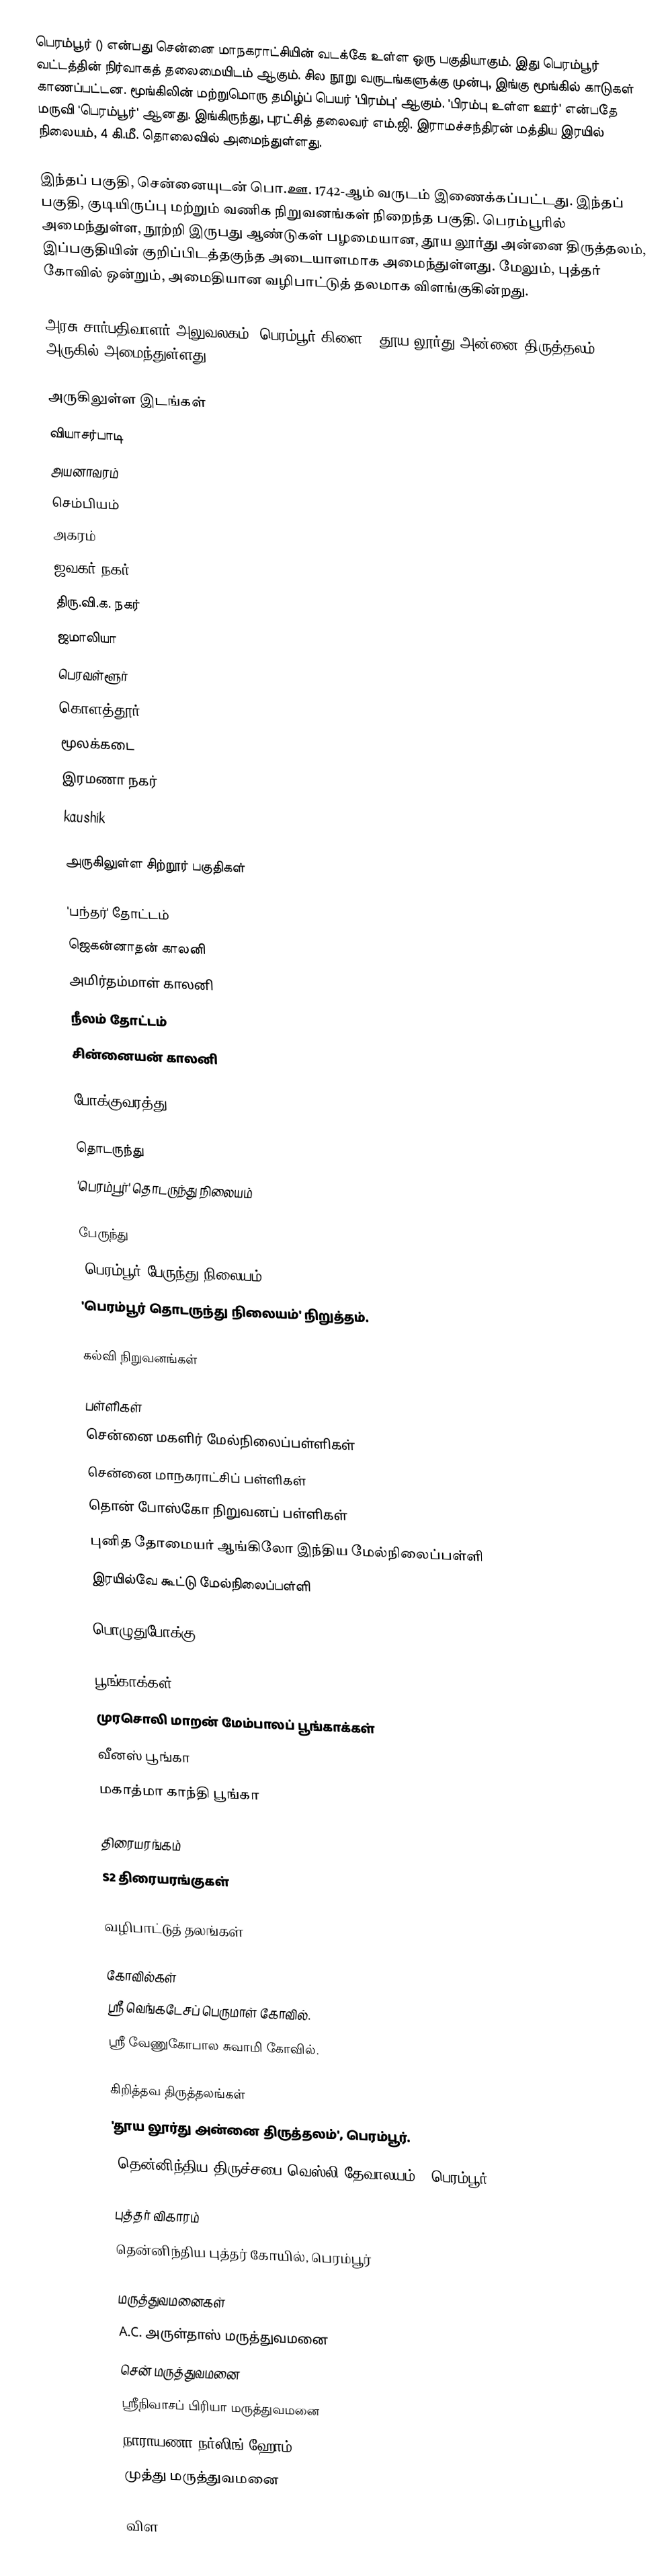
பெரம்பூர் () என்பது சென்னை மாநகராட்சியின் வடக்கே உள்ள ஒரு பகுதியாகும். இது பெரம்பூர் வட்டத்தின் நிர்வாகத் தலைமையிடம் ஆகும். சில நூறு வருடங்களுக்கு முன்பு, இங்கு மூங்கில் காடுகள் காணப்பட்டன.  மூங்கிலின் மற்றுமொரு தமிழ்ப் பெயர் 'பிரம்பு' ஆகும். 'பிரம்பு உள்ள ஊர்' என்பதே மருவி 'பெரம்பூர்' ஆனது. இங்கிருந்து, புரட்சித் தலைவர் எம்.ஜி. இராமச்சந்திரன் மத்திய இரயில் நிலையம், 4 கி.மீ. தொலைவில் அமைந்துள்ளது.

இந்தப் பகுதி, சென்னையுடன் பொ.ஊ. 1742-ஆம் வருடம் இணைக்கப்பட்டது. இந்தப் பகுதி, குடியிருப்பு மற்றும் வணிக நிறுவனங்கள் நிறைந்த பகுதி. பெரம்பூரில் அமைந்துள்ள, நூற்றி இருபது ஆண்டுகள் பழமையான, தூய லூர்து அன்னை திருத்தலம், இப்பகுதியின் குறிப்பிடத்தகுந்த அடையாளமாக அமைந்துள்ளது. மேலும், புத்தர் கோவில் ஒன்றும், அமைதியான வழிபாட்டுத் தலமாக விளங்குகின்றது.

அரசு சார்பதிவாளர் அலுவலகம், பெரம்பூர் கிளை, 'தூய லூர்து அன்னை திருத்தலம்' அருகில் அமைந்துள்ளது.

அருகிலுள்ள இடங்கள்
 வியாசர்பாடி
 அயனாவரம்
 செம்பியம்
 அகரம்
 ஜவகர் நகர்
 திரு.வி.க. நகர்
 ஜமாலியா
 பெரவள்ளூர்
 கொளத்தூர்
 மூலக்கடை
 இரமணா நகர்
 kaushik

அருகிலுள்ள சிற்றூர் பகுதிகள்

 'பந்தர்' தோட்டம்
 ஜெகன்னாதன் காலனி
 அமிர்தம்மாள் காலனி
 நீலம் தோட்டம்
 சின்னையன் காலனி

போக்குவரத்து

தொடருந்து
 'பெரம்பூர்' தொடருந்து நிலையம்

பேருந்து
 'பெரம்பூர் பேருந்து நிலையம்'
 'பெரம்பூர் தொடருந்து நிலையம்' நிறுத்தம்.

கல்வி நிறுவனங்கள்

பள்ளிகள்
 சென்னை மகளிர் மேல்நிலைப்பள்ளிகள்
 சென்னை மாநகராட்சிப் பள்ளிகள்
 தொன் போஸ்கோ நிறுவனப் பள்ளிகள்
 புனித தோமையர் ஆங்கிலோ இந்திய மேல்நிலைப்பள்ளி
 இரயில்வே கூட்டு மேல்நிலைப்பள்ளி

பொழுதுபோக்கு

பூங்காக்கள்
 முரசொலி மாறன் மேம்பாலப் பூங்காக்கள்
 வீனஸ் பூங்கா
 மகாத்மா காந்தி பூங்கா

திரையரங்கம்
 S2 திரையரங்குகள்

வழிபாட்டுத் தலங்கள்

கோவில்கள்
ஸ்ரீ வெங்கடேசப் பெருமாள் கோவில்.
ஸ்ரீ வேணுகோபால சுவாமி கோவில்.

கிறித்தவ திருத்தலங்கள்
'தூய லூர்து அன்னை திருத்தலம்', பெரம்பூர்.
'தென்னிந்திய திருச்சபை வெஸ்லி தேவாலயம்', பெரம்பூர்.

புத்தர் விகாரம்
தென்னிந்திய புத்தர் கோயில், பெரம்பூர்

மருத்துவமனைகள்
 A.C. அருள்தாஸ் மருத்துவமனை
 சென் மருத்துவமனை
 ஸ்ரீநிவாசப் பிரியா மருத்துவமனை
 நாராயணா நர்ஸிங் ஹோம்
 முத்து மருத்துவமனை

விள